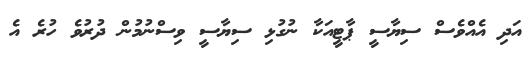
އަދި އެއްވެސް ސިޔާސީ ޕާޓީއަކާ ނުގުޅި ސިޔާސީ ވިސްނުމުން ދުރުވެ ހުރެ އެ